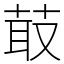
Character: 菆